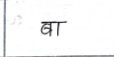
मजकूर: बा